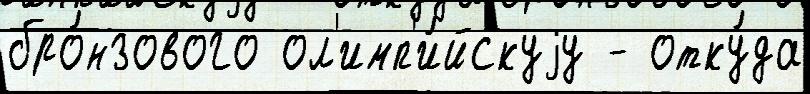
бро́нзового ол'имп'и́йскуjу - отку́да